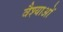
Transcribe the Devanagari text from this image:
वैश्याओं